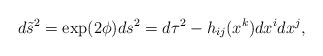
LaTeX: \begin{align*}d\tilde{s}^{2} = \exp(2\phi)ds^{2} = d\tau^{2} -h_{ij}(x^{k})dx^{i}dx^{j},\end{align*}